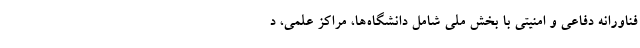
فناورانه دفاعی و امنیتی با بخش ملی شامل دانشگاه‌ها، مراکز علمی، د